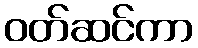
ဝတ်ဆင်ကာ